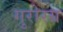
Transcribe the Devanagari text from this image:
गुरोरग्र